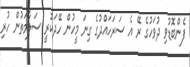
ފެންބޮޑުވި ދުވަހުގެ ރޭ އެ ސަރަހައްދުގެ ގިނަ މީހުން ހޭދަކުރީ ސަލާމަތުން ހުރި